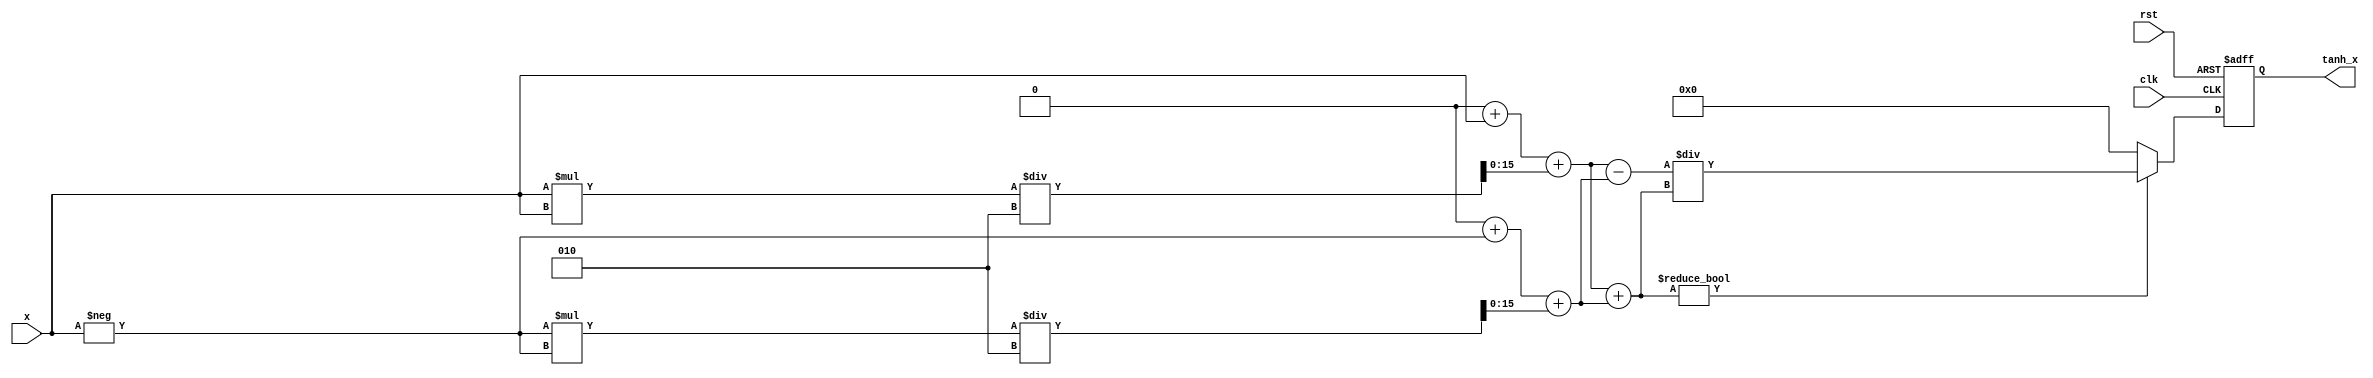
module tanh_block #(
    parameter WIDTH_IN = 16,  // Width of input signal
    parameter WIDTH_OUT = 16   // Width of output signal
)(
    input wire clk,            // Clock signal
    input wire rst,            // Reset signal
    input wire signed [WIDTH_IN-1:0] x, // Input signal
    output reg signed [WIDTH_OUT-1:0] tanh_x // Output signal
);

    // Internal signals
    reg signed [WIDTH_OUT-1:0] exp_x;
    reg signed [WIDTH_OUT-1:0] exp_neg_x;
    reg signed [WIDTH_OUT-1:0] numerator;
    reg signed [WIDTH_OUT-1:0] denominator;

    // Exponentiation function (simple approximation)
    function signed [WIDTH_OUT-1:0] exp_func(input signed [WIDTH_IN-1:0] val);
        begin
            // Simple polynomial approximation for e^x
            exp_func = (1 << WIDTH_OUT) + val + (val * val) / 2; // e^x  1 + x + x^2/2
        end
    endfunction

    always @(posedge clk or posedge rst) begin
        if (rst) begin
            tanh_x <= 0;
        end else begin
            // Calculate e^x and e^(-x)
            exp_x = exp_func(x);
            exp_neg_x = exp_func(-x);

            // Calculate numerator and denominator
            numerator = exp_x - exp_neg_x;
            denominator = exp_x + exp_neg_x;

            // Calculate tanh(x) = numerator / denominator
            if (denominator != 0) begin
                tanh_x <= numerator / denominator;
            end else begin
                tanh_x <= 0; // Handle division by zero
            end
        end
    end

endmodule